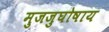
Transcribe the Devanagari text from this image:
मुजजुघोषाय